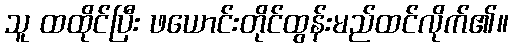
သူ ထထိုင်ပြီး ဖယောင်းတိုင်ထွန်းမည်ထင်လိုက်၏။